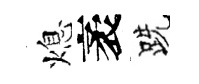
熄袤跣